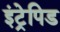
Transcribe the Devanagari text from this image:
इंट्रेपिड